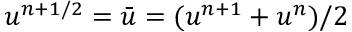
u ^ { n + 1 / 2 } = \bar { u } = ( u ^ { n + 1 } + u ^ { n } ) / 2